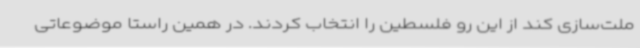
ملت‌سازی کند از این رو فلسطین را انتخاب کردند. در همین راستا موضوعاتی